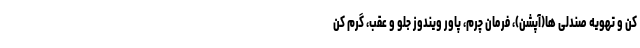
کن و تهویه صندلی ها(آپشن)، فرمان چرم، پاور ویندوز جلو و عقب، گرم کن